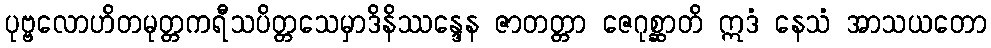
ပုဗ္ဗလောဟိတမုတ္တကရီသပိတ္တသေမှာဒိနိဿန္ဒေန ဇာတတ္တာ ဇေဂုစ္ဆာတိ ဣဒံ နေသံ အာသယတော